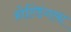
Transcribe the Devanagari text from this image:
होल्डिंगला